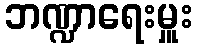
ဘဏ္ဍာရေးမှူး